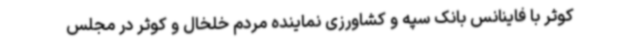
کوثر با فاینانس بانک سپه و کشاورزی نماینده مردم خلخال و کوثر در مجلس